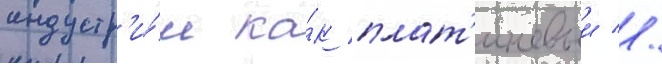
индустр'и́и ка́к плат'иновыи //